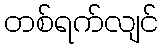
တစ်ရက်လျင်